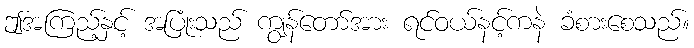
ဤအကြည့်နှင့် အပြုံးသည် ကျွန်တော်အား ရင်ဝယ်နင့်ကနဲ ခံစားစေသည်။